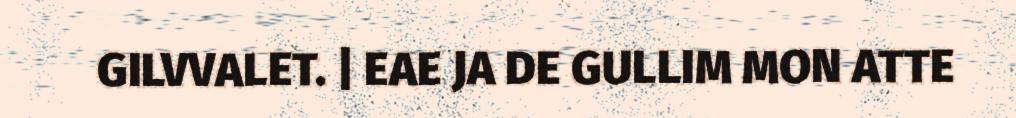
GILVVALET. | EAE JA DE GULLIM MON ATTE